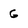
Character: G